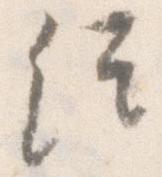
経